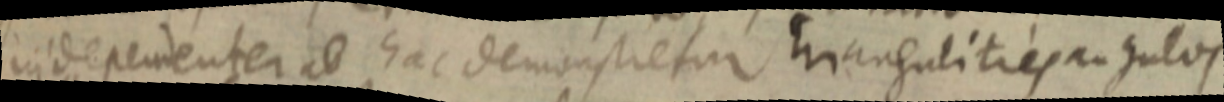
independenter ad hac demonstretur triangulities angulos